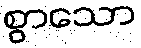
စွာသော